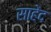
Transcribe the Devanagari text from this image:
साहेंद